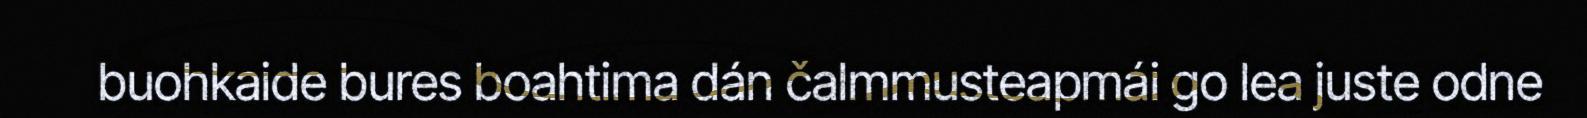
buohkaide bures boahtima dán čalmmusteapmái go lea juste odne